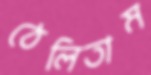
ঠেলিতাম